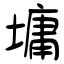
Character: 墉